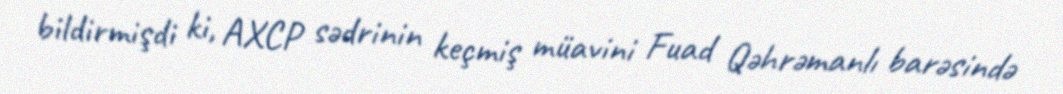
bildirmişdi ki, AXCP sədrinin keçmiş müavini Fuad Qəhrəmanlı barəsində